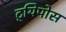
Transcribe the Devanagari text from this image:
ट्र्यिपोस